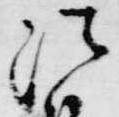
法